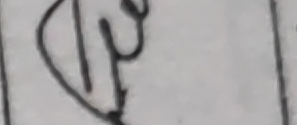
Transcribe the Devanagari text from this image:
थे